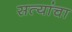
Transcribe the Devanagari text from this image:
सत्यांचा